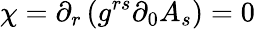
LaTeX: \chi=\partial_{r}\left(g^{rs}\partial_{0}A_{s}\right)=0